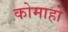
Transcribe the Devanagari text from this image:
कोमाहो